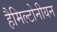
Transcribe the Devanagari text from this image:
हैमिल्टोनीयन